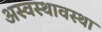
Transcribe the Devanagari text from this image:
अस्वस्थावस्था